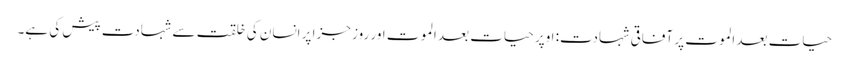
حیات بعد الموت پر آفاقی شہادت: اوپر حیات بعد الموت اور روز جزا پر انسان کی خلقت سے شہادت پیش کی ہے۔